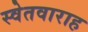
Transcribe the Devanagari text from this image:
स्वेतवाराह